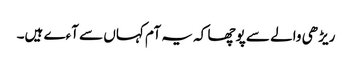
ریڑھی والے سے پوچھا کہ یہ آم کہاں سے آءے ہیں۔